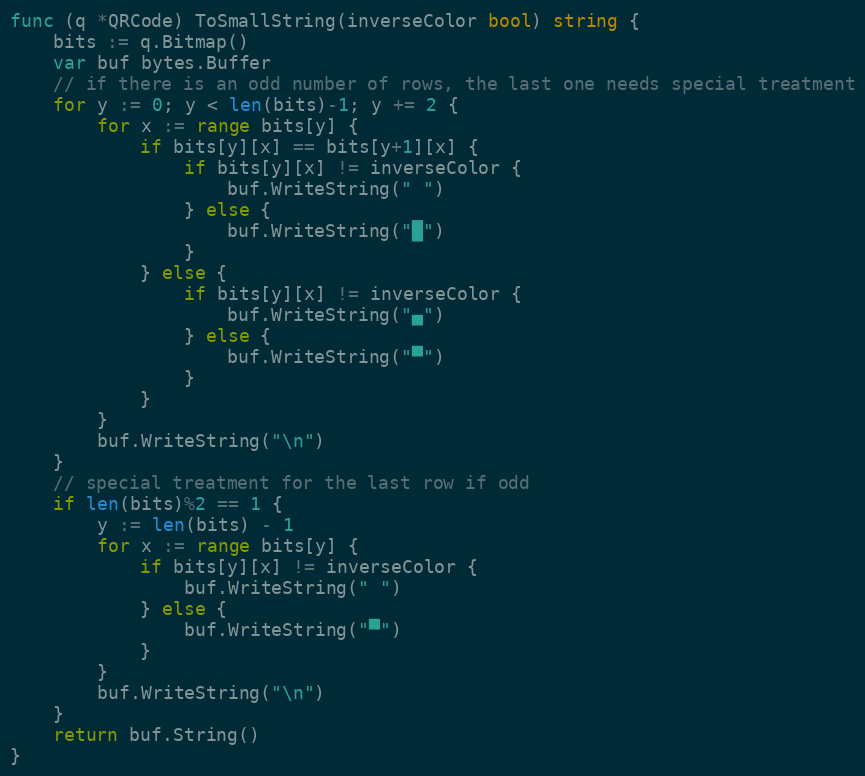
Language: Go
func (q *QRCode) ToSmallString(inverseColor bool) string {
	bits := q.Bitmap()
	var buf bytes.Buffer
	// if there is an odd number of rows, the last one needs special treatment
	for y := 0; y < len(bits)-1; y += 2 {
		for x := range bits[y] {
			if bits[y][x] == bits[y+1][x] {
				if bits[y][x] != inverseColor {
					buf.WriteString(" ")
				} else {
					buf.WriteString("█")
				}
			} else {
				if bits[y][x] != inverseColor {
					buf.WriteString("▄")
				} else {
					buf.WriteString("▀")
				}
			}
		}
		buf.WriteString("\n")
	}
	// special treatment for the last row if odd
	if len(bits)%2 == 1 {
		y := len(bits) - 1
		for x := range bits[y] {
			if bits[y][x] != inverseColor {
				buf.WriteString(" ")
			} else {
				buf.WriteString("▀")
			}
		}
		buf.WriteString("\n")
	}
	return buf.String()
}